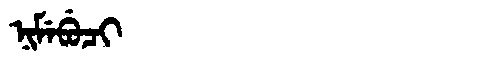
Manchu: ᠨᡳᠮᡝᠪᡠᠴᡳ
Romanization: NIMEBUCI